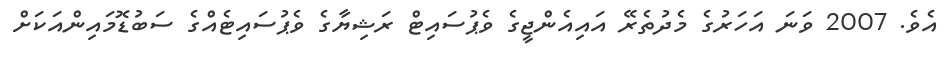
އެވެ. 2007 ވަނަ އަހަރުގެ މެދުތެރޭ އައިއެންޖީގެ ވެޕުސައިޓް ރަޝިޔާގެ ވެޕުސައިޓެއްގެ ސަބުޑޮމައިންއަކަށް